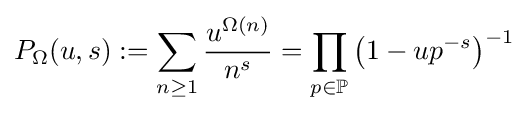
P_{\Omega }(u,s):=\sum _{n\geq 1}{\frac {u^{\Omega (n)}}{n^{s}}}=\prod _{p\in \mathbb {P} }\left(1-up^{-s}\right)^{-1}